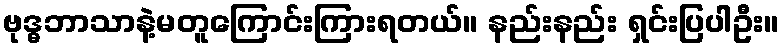
ဗုဒ္ဓဘာသာနဲ့မတူကြောင်းကြားရတယ်။ နည်းနည်း ရှင်းပြပါဦး။